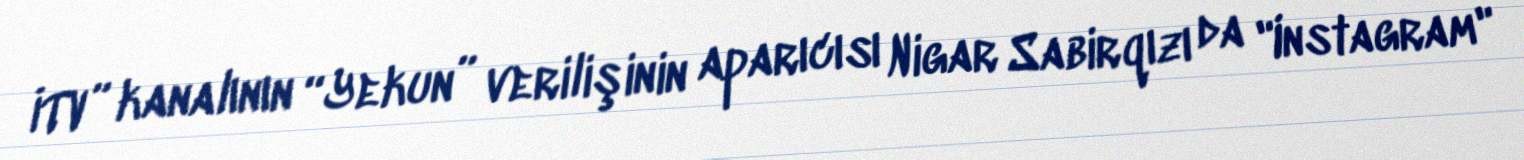
İTV” kanalının “Yekun” verilişinin aparıcısı Nigar Sabirqızı da "Instagram"